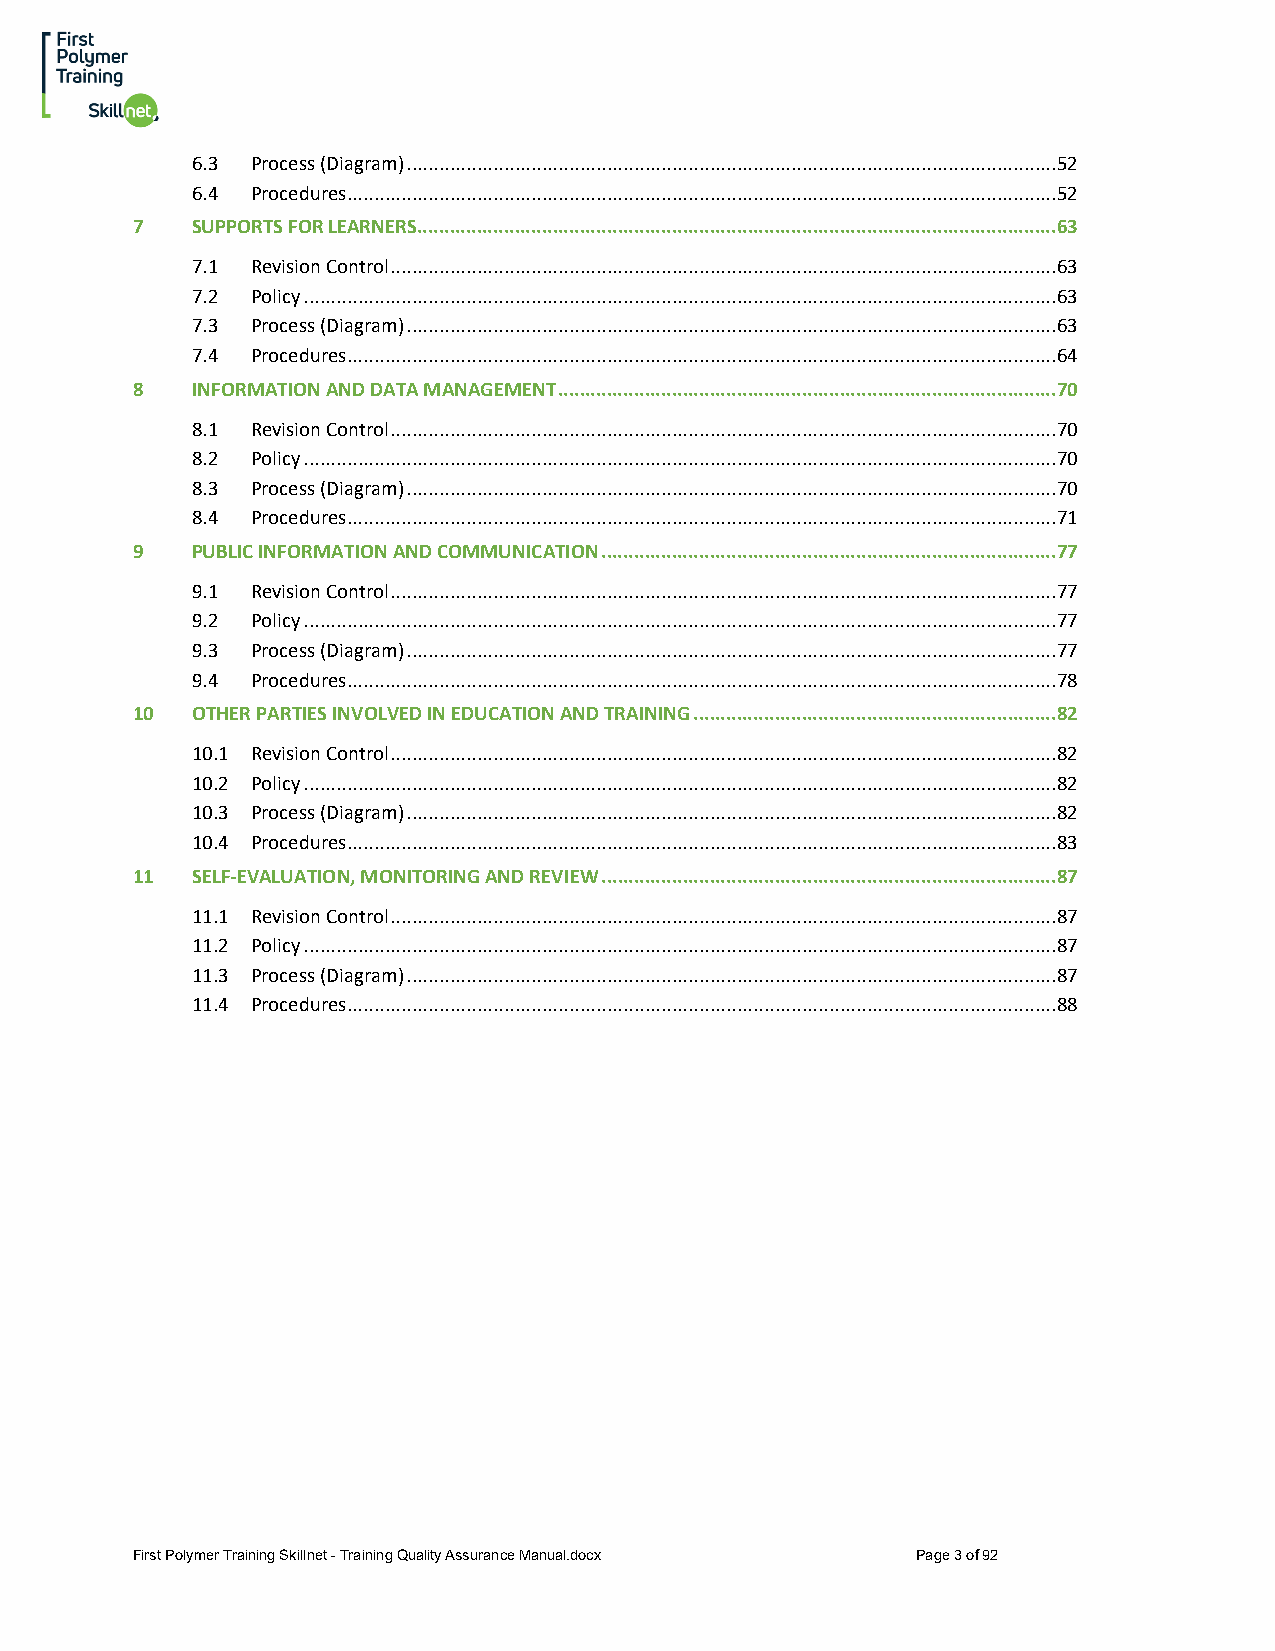
6.3 Process (Diagram) ........................................................................................................................ 52
 6.4 Procedures................................................................................................................................... 52
 7   SUPPORTS FOR LEARNERS......................................................................................................................6 3
 7.1 Revision Control ........................................................................................................................... 63
 7.2 Policy ........................................................................................................................................... 63
 7.3 Process (Diagram) ........................................................................................................................ 63
 7.4 Procedures................................................................................................................................... 64
 8   INFORMATION AND DATA MANAGEMENT ............................................................................................7 0
 8.1 Revision Control ........................................................................................................................... 70
 8.2 Policy ........................................................................................................................................... 70
 8.3 Process (Diagram) ........................................................................................................................ 70
 8.4 Procedures................................................................................................................................... 71
 9   PUBLIC INFORMATION AND COMMUNICATION ....................................................................................7 7
 9.1 Revision Control ........................................................................................................................... 77
 9.2 Policy ........................................................................................................................................... 77
 9.3 Process (Diagram) ........................................................................................................................ 77
 9.4 Procedures................................................................................................................................... 78
 10  OTHER PARTIES INVOLVED IN EDUCATION AND TRAINING ...................................................................8 2
 10.1 Revision Control ........................................................................................................................... 82
 10.2 Policy ........................................................................................................................................... 82
 10.3 Process (Diagram) ........................................................................................................................ 82
 10.4 Procedures................................................................................................................................... 83
 11  SELF-EVALUATION, MONITORING AND REVIEW ....................................................................................8 7
 11.1 Revision Control ........................................................................................................................... 87
 11.2 Policy ........................................................................................................................................... 87
 11.3 Process (Diagram) ........................................................................................................................ 87
 11.4 Procedures................................................................................................................................... 88
 First Polymer Training Skillnet - Training Quality Assurance Manual.docx Page 3 of 92